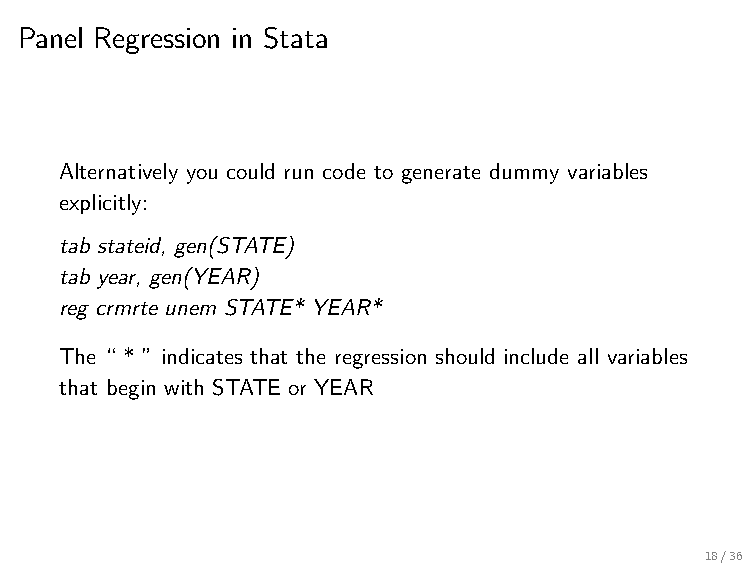
Panel Regression in Stata
 Alternatively you could run code to generate dummy variables
 explicitly:
 tab stateid, gen(STATE)
 tab year, gen(YEAR)
 reg crmrte unem STATE* YEAR*
 The “ * ” indicates that the regression should include all variables
 that begin with STATE or YEAR
 18/36